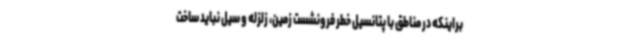
براینکه در مناطق با پتانسیل خطر فرونشست زمین، زلزله و سیل نباید ساخت